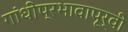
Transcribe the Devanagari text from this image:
गांधीप्रभावापूर्वी